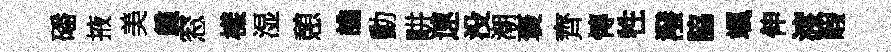
磻掖美艦窓樣湿憩譙勳畊速没潮褒齊慱牲潑脇颯伸渡睱